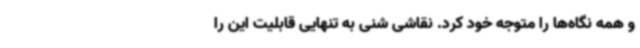
و همه نگاه‌ها را متوجه خود کرد. نقاشی شنی به تنهایی قابلیت این را